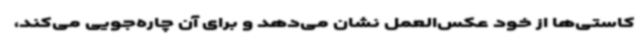
کاستی‌ها از خود عکس‌العمل نشان می‌دهد و برای آن چاره‌جویی می‌کند،